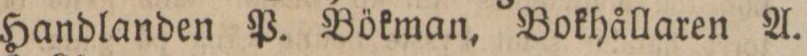
Handlanden P. Bökman, Bokhållaren A.